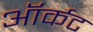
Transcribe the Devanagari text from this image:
ऑर्कट